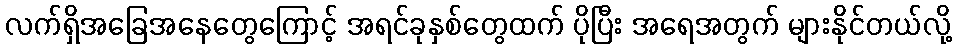
လက်ရှိအခြေအနေတွေကြောင့် အရင်ခုနှစ်တွေထက် ပိုပြီး အရေအတွက် များနိုင်တယ်လို့